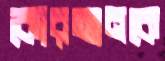
কোরআনকে